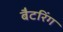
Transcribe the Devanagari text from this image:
बैटरिंग